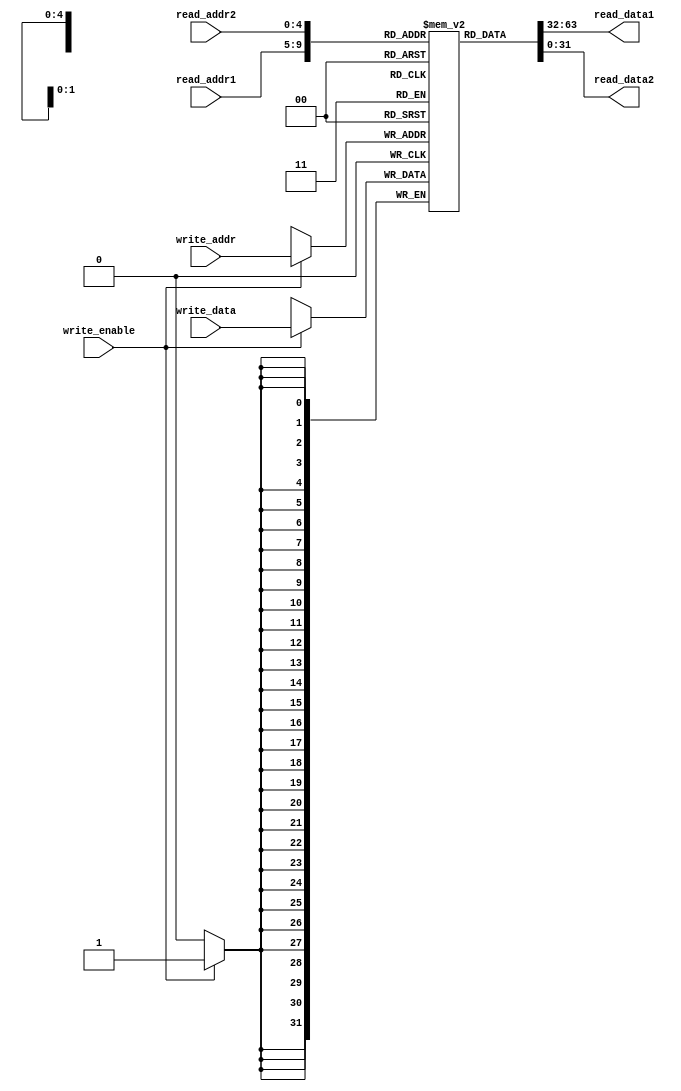
module register_file (
  input wire [4:0] read_addr1, // Address for first read port
  input wire [4:0] read_addr2, // Address for second read port
  input wire [4:0] write_addr, // Address for write port
  input wire write_enable, // Write enable signal
  input wire [31:0] write_data, // Data to be written
  output reg [31:0] read_data1, // Data read from first read port
  output reg [31:0] read_data2 // Data read from second read port
);

// Define the registers in the register file
reg [31:0] registers [31:0];

// Read data from the selected registers
always @ (*) begin
  read_data1 = registers[read_addr1];
  read_data2 = registers[read_addr2];
end

// Write data to the selected register
always @ (posedge clock) begin
  if (write_enable) begin
    registers[write_addr] <= write_data;
  end
end

endmodule